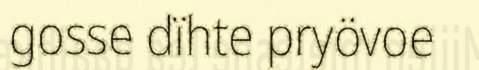
gosse dïhte pryövoe